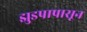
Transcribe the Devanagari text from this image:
झुडपापासून